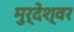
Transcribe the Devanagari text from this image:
मुर्देश्वर